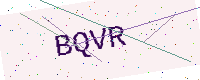
Text: BQVR